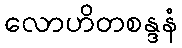
လောဟိတစန္ဒနံ